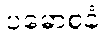
ပမောစနံ